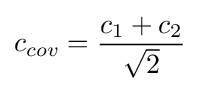
c_{cov}={\frac {c_{1}+c_{2}}{\sqrt {2}}}